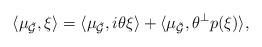
LaTeX: \begin{align*}\langle \mu_{\tilde{\mathcal{G}}},\xi\rangle =\langle \mu_{\tilde{\mathcal{G}}},i\theta\xi\rangle+\langle\mu_{\tilde{\mathcal{G}}},\theta^{\perp}p(\xi)\rangle,\end{align*}